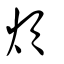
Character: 煩